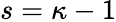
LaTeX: s=\kappa-1